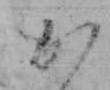
か